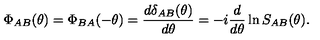
\Phi _ { A B } ( \theta ) = \Phi _ { B A } ( - \theta ) = \frac { d \delta _ { A B } ( \theta ) } { d \theta } = - i \frac { d } { d \theta } \ln S _ { A B } ( \theta ) .